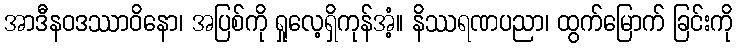
အာဒီနဝဒဿာဝိနော၊ အပြစ်ကို ရှုလေ့ရှိကုန်အံ့။ နိဿရဏပညာ၊ ထွက်မြောက် ခြင်းကို